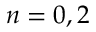
n = 0 , 2